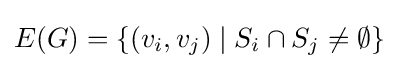
E(G)=\{(v_{i},v_{j})\mid S_{i}\cap S_{j}\neq \emptyset \}